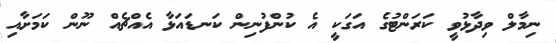
ނިމާލް ވިދާޅުވީ ކަރަންޓުގެ އަގަކީ އެ ކުންފުނިން ކަނޑައަޅާ އެއްޗެއް ނޫން ކަމަށާއި